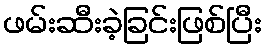
ဖမ်းဆီးခဲ့ခြင်းဖြစ်ပြီး